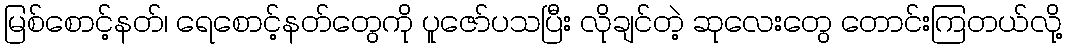
မြစ်စောင့်နတ်၊ ရေစောင့်နတ်တွေကို ပူဇော်ပသပြီး လိုချင်တဲ့ ဆုလေးတွေ တောင်းကြတယ်လို့